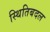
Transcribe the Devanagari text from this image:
स्थितिबदल